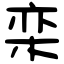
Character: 栾